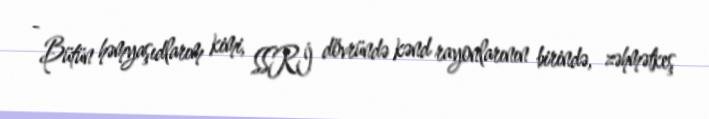
- Bütün həmyaşıdlarım kimi, SSRİ dövründə kənd rayonlarının birində, zəhmətkeş